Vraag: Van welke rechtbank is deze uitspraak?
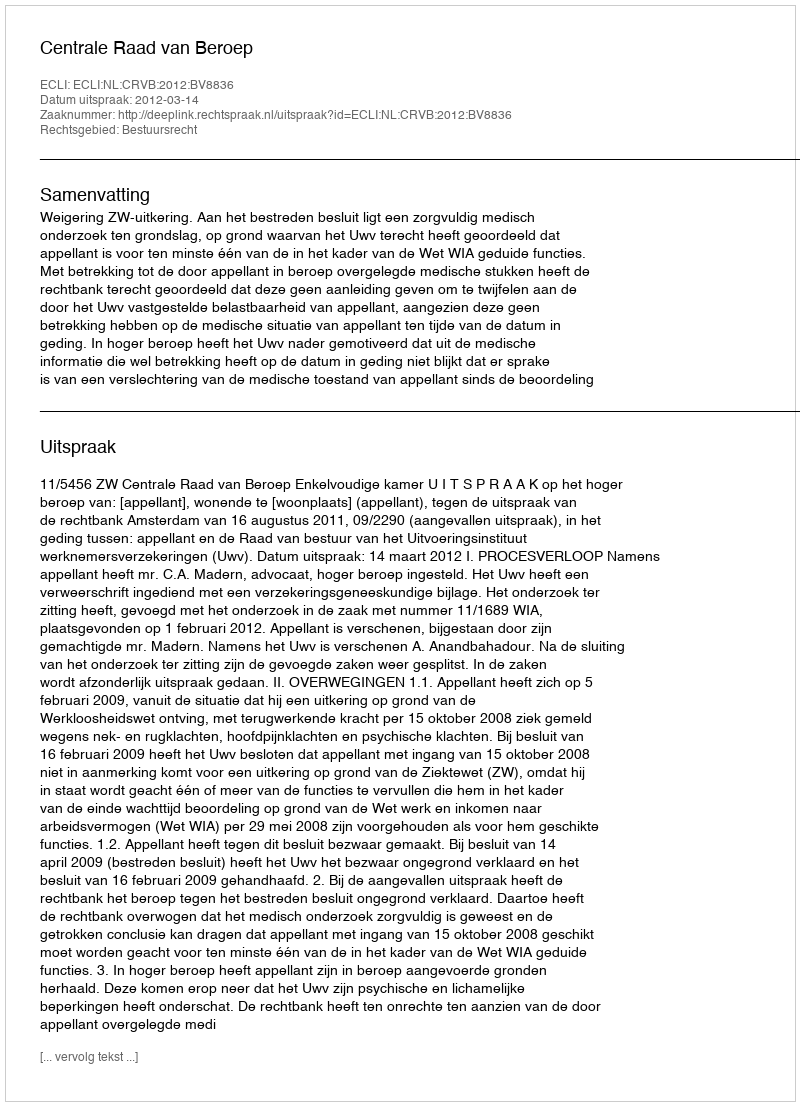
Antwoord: Centrale Raad van Beroep